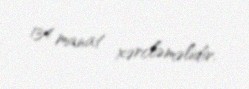
134 manat xərcləməlidir.